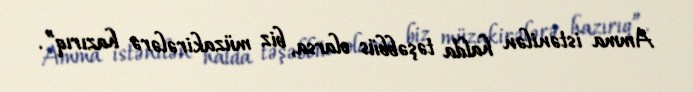
Amma istənilən halda təşəbbüs olarsa, biz müzakirələrə hazırıq”.